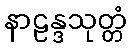
နာဠန္ဒသုတ္တံ